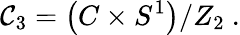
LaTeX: {\cal C}_{3}=\left(C\times S^{1}\right)/Z_{2}\ .